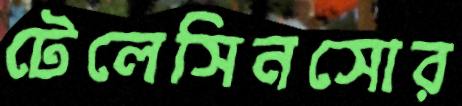
টেলেসিনসোর